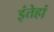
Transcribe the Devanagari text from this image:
इंतेहां